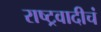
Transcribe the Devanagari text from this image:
राष्ट्रवादीचं